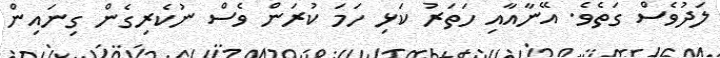
ލަދުވެސް ގަތެވެ. އޭނާއާއި ހަތަރު ކަޅި ހަމަ ކުރަން ވެސް ނުކެރިގެން ގިނައިން